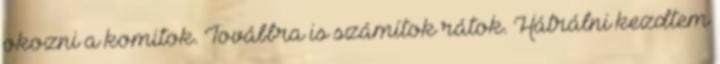
okozni a komitok. Továbbra is számítok rátok. Hátrálni kezdtem